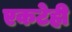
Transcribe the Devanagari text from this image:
एकटेही